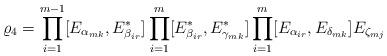
LaTeX: \begin{align*}\varrho_4 = \prod_{i=1}^{m-1}[E_{\alpha_{mk}}, E_{\beta_{ir}}^*]\prod_{i=1}^m [E_{\beta_{ir}}^*, E_{\gamma_{mk}}^*] \prod_{i=1}^{m}[E_{\alpha_{ir}}, E_{\delta_{mk}}] E_{\zeta_{mj}}\end{align*}